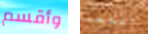
وأقسم التعب